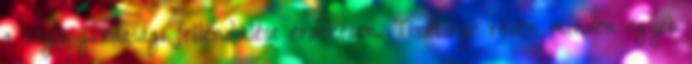
a régió gazdasági fellendülése érdekében. Tisztsége révén minden egyéb